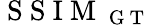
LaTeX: \mathrm{~S~S~I~M~}_{\mathrm{~G~T~}}